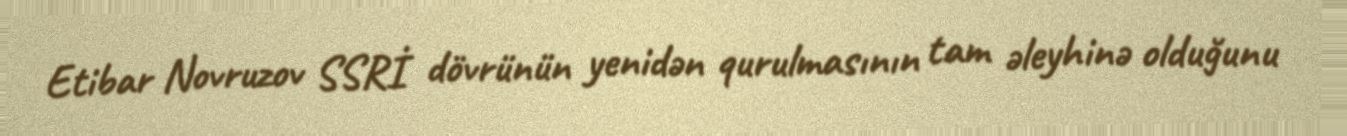
Etibar Novruzov SSRİ dövrünün yenidən qurulmasının tam əleyhinə olduğunu